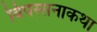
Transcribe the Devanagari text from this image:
विपस्सनाकथा